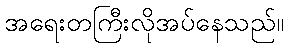
အရေးတကြီးလိုအပ်နေသည်။